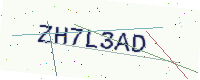
Text: ZH7L3AD